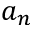
a _ { n }